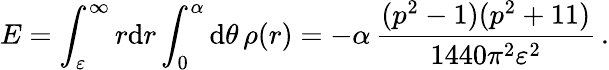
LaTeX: E=\int_{\varepsilon}^{\infty}r\mathrm{d}r\int_{0}^{\alpha}\mathrm{d}\theta\, \rho(r)=-\alpha\, \frac{{(p^{2}-1)(p^{2}+11)}}{{1440\pi^{2}\varepsilon^{2}}}\, .